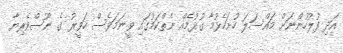
އަދި ފުލުހުންނަށް މައްސަލަ ހުށަހެޅުމާ ގުޅުމެއް ނެތްކަމުގައި ވީނަމަވެސް ހަވީރު ގެ ނޫސްވެރިޔާ